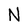
Character: N